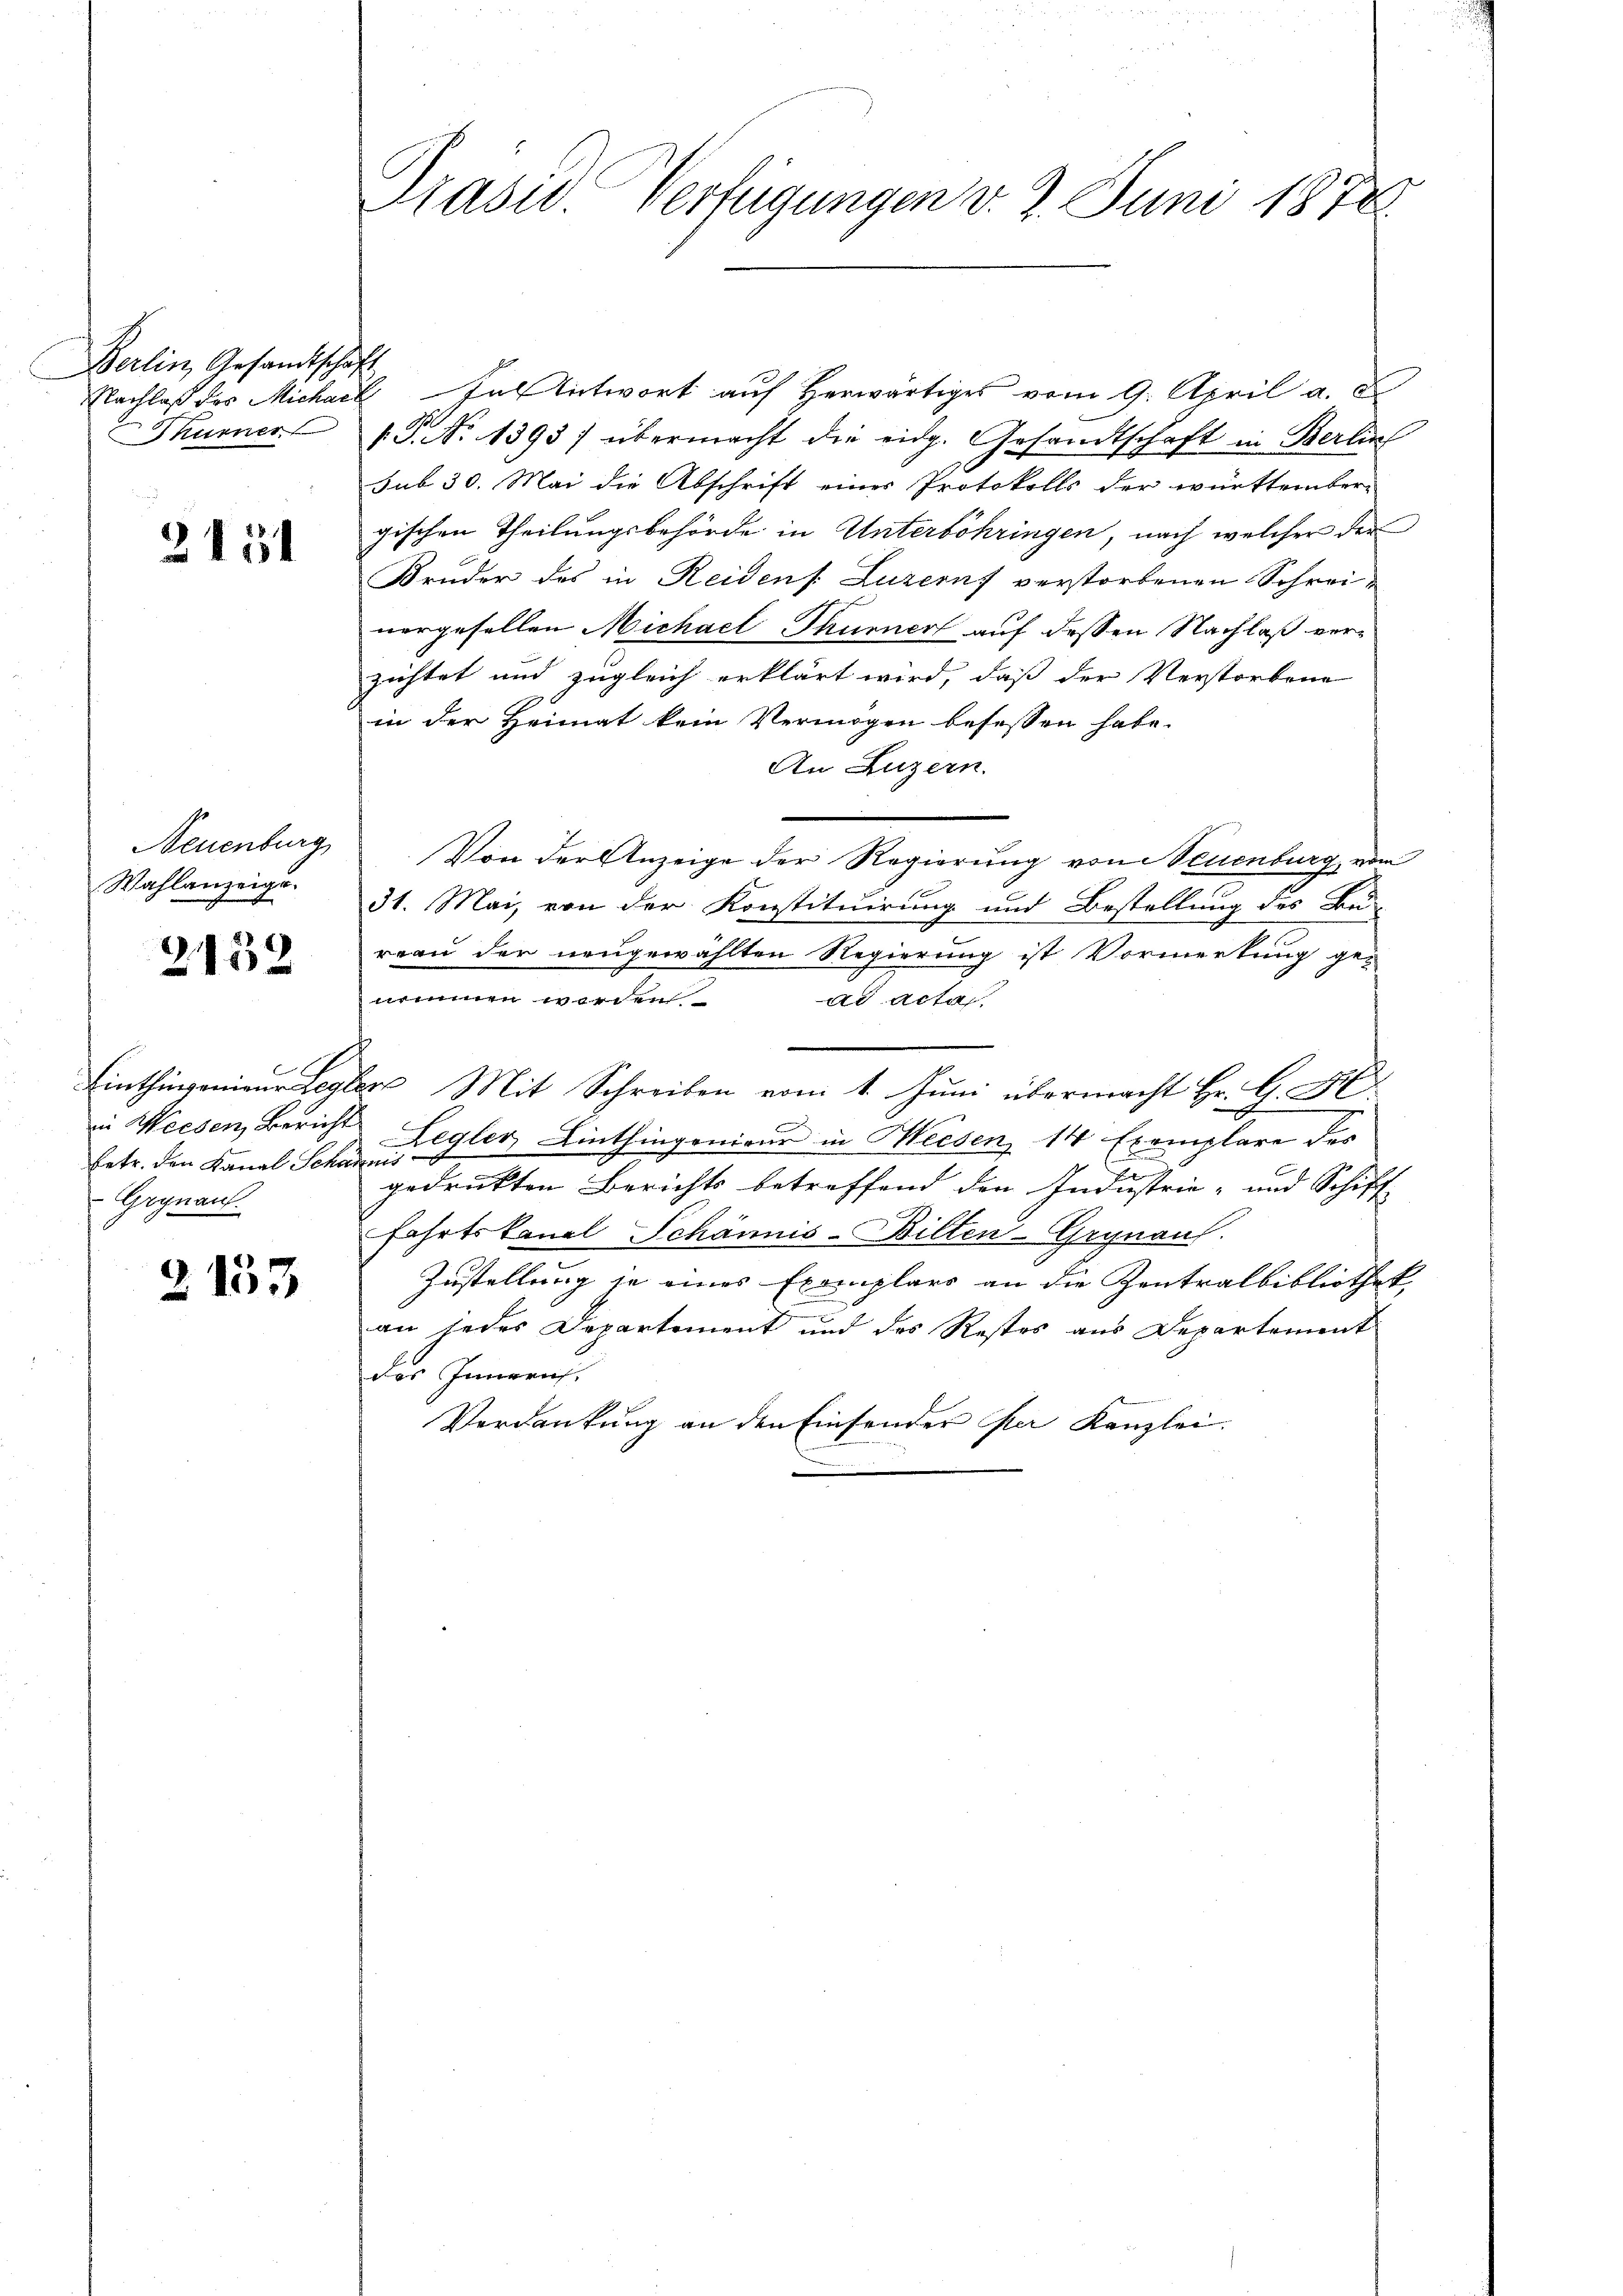
Berlin, Gesandtschaft

2154

Wahlanzeige.

2132

Eetr. den Kanal Schadnis
Grynau

2153

Präsid. Verfügungen v. 3. Juni 1878

Nachlaß der Michael antwort auf herwärtiges vom 9. April a. c
Thurner P. No 1393/ übermacht die eidg. Gesandtschaft in Berlin
sub 30. Mai die Abschrift eines Protokolls der württember-
gischen Theilungsbehörde in Unterböhringen, nach welcher der
Bruder des in Reiden: Luzernf verstorbenen Schreivorgesellen Michael Thurner auf dessen Nachlaß verzichtet und zugleich erklärt wird, daß der Verstorbene
in der Heimat kein Vermögen besessen habe.
An Luzern.
Neuenburg. Von der Anzeige der Regierung von Neuenburg, vom
31. Mai, von der Konstituirung und Bestellung des Bu-
reau der neugewählten Regierung ist Vormerkung ge-
nommen werden
ad acta
Einthingenieŭr Begler Mit Schreiben vom 1. Jŭni übermacht Hr. C. A
Weesen, Bericht Legler Linthingenieur in Weesen 14 Exemplare des
gedruckten Berichts betreffend den Industrie- und Schiff
Fahrtskanal Schännis-Bilten-Grynauf.
Zustellung je eines Exemplars an die Zentralbibliothek,
an jedes Departement und des Restes aus Departement
des Innern.
Verdankung an den Einsender per Kanzlei.

h